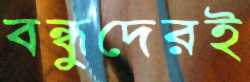
বন্ধুদেরই